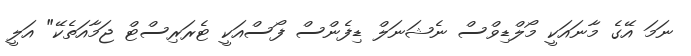
ނަމަ އޭގެ މާނައަކީ މޯލްޑިވްސް ނެޝަނަަލް ޑިފެންސް ފޯސްއަކީ ޓެރަރިސްޓް ޖަމާއަތެކޭ" އަލީ